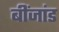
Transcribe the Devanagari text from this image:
बींजांड